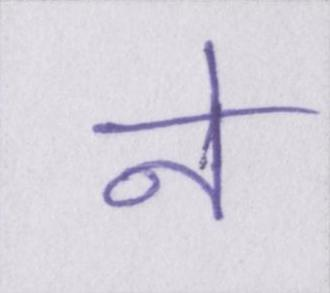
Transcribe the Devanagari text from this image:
ने